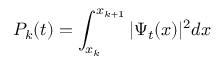
P _ { k } ( t ) = \int _ { x _ { k } } ^ { x _ { k + 1 } } | \Psi _ { t } ( x ) | ^ { 2 } d x